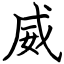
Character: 威